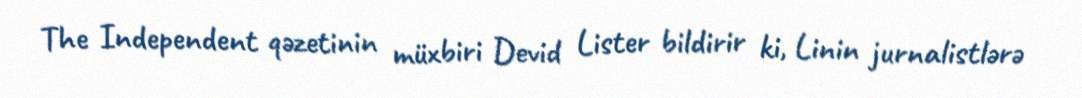
The Independent qəzetinin müxbiri Devid Lister bildirir ki, Linin jurnalistlərə